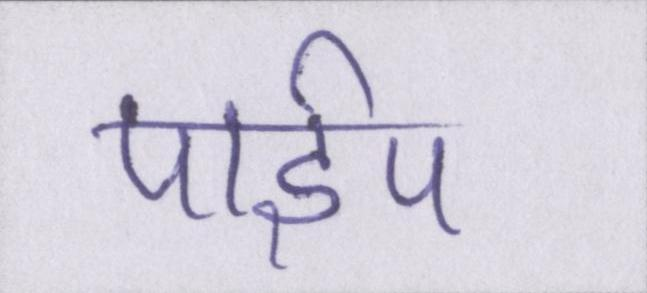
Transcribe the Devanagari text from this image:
पाईप